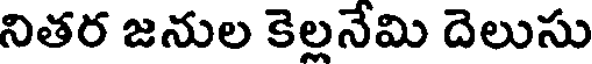
నితర జనుల కెల్లనేమి దెలుసు